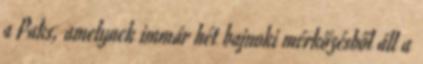
a Paks, amelynek immár hét bajnoki mérkőzésből áll a